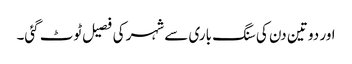
اور دو تین دن کی سنگ باری سے شہر کی فصیل ٹوٹ گئی۔